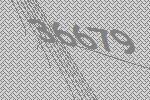
36679